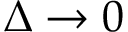
\Delta \to 0